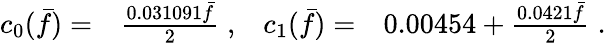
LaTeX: \begin{array}{rlrl}{c_{0}(\bar{f})=}&{{}\frac{0.031091\bar{f}}{2}\; ,}&{c_{1}(\bar{f})=}&{{}0.00454+\frac{0.0421\bar{f}}{2}\; .}\end{array}